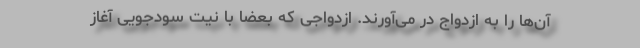
آن‌ها را به ازدواج در می‌آورند. ازدواجی که بعضا با نیت سودجویی آغاز